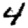
Digit: 4